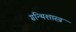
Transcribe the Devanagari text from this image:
ग्रन्थिशास्त्र